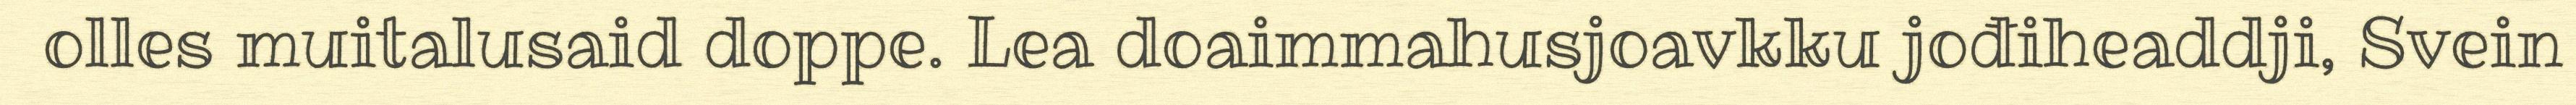
olles muitalusaid doppe. Lea doaimmahusjoavkku jođiheaddji, Svein